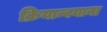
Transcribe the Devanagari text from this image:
क्रियान्वयाना